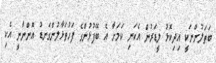
ބަޠަލުންނަކީ އިދިކޮޅު ލީޑަރުން އެކަނި ކަމަށާ އެ ބޭފުޅުންގެ ފަހުތަޅާލުންގަނޑު އޮންނާނީ އެކި